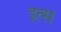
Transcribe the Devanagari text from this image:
इत्स